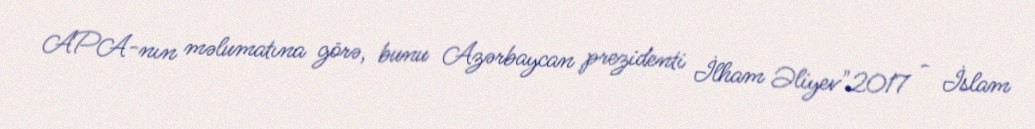
APA-nın məlumatına görə, bunu Azərbaycan prezidenti İlham Əliyev"2017 - İslam